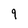
Character: 9